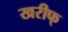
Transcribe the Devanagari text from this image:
खरीफ्